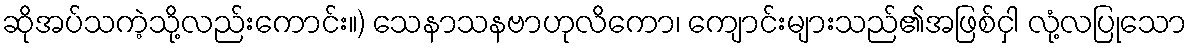
ဆိုအပ်သကဲ့သို့လည်းကောင်း။) သေနာသနဗာဟုလိကော၊ ကျောင်းများသည်၏အဖြစ်ငှါ လုံ့လပြုသော